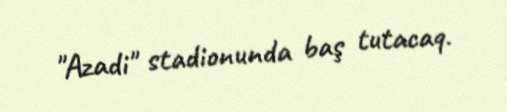
"Azadi" stadionunda baş tutacaq.